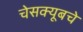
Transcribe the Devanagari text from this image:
चेसक्यूबचे